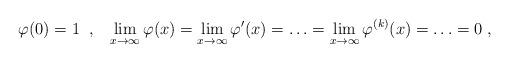
LaTeX: \begin{align*}\varphi (0) = 1\;\;,\;\;\;\lim_{x\to\infty} \varphi(x) = \lim_{x\to\infty} \varphi'(x) = \ldots = \lim_{x\to\infty} \varphi^{(k)}(x) = \ldots = 0\;,\end{align*}